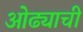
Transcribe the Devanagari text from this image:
ओढ्याची